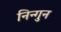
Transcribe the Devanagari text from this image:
निन्गुन